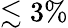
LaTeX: \lesssim 3\%